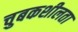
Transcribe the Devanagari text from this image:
चुबकशीलता